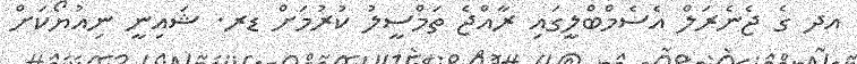
އދ ގެ ޖެނެރަލް އެސެމްބްލީގައި ރާއްޖެ ތަމްސީލު ކުރުމަށް ޑރ. ޝައިނީ ނިއުޔޯކަށް